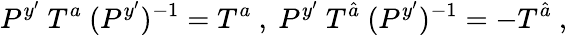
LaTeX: P^{y^{\prime}}~T^{a}~(P^{y^{\prime}})^{-1}=T^{a}~,~P^{y^{\prime}}~T^{\hat{a}}~(P^{y^{\prime}})^{-1}=-T^{\hat{a}}~,~\,